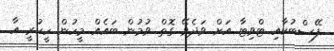
ފޭސްބުކާއި ޓްވިޓާ އަށް ވަދެވޭ ގޮތް ވުމުން ބައެއް މީހުން ހީކުރީ އާ